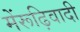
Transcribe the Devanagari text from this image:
मेंरूढ़िवादी